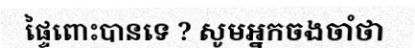
ផ្ទៃពោះបានទេ ? សូមអ្នកចងចាំថា